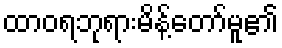
ထာဝရဘုရားမိန့်တော်မူ၏